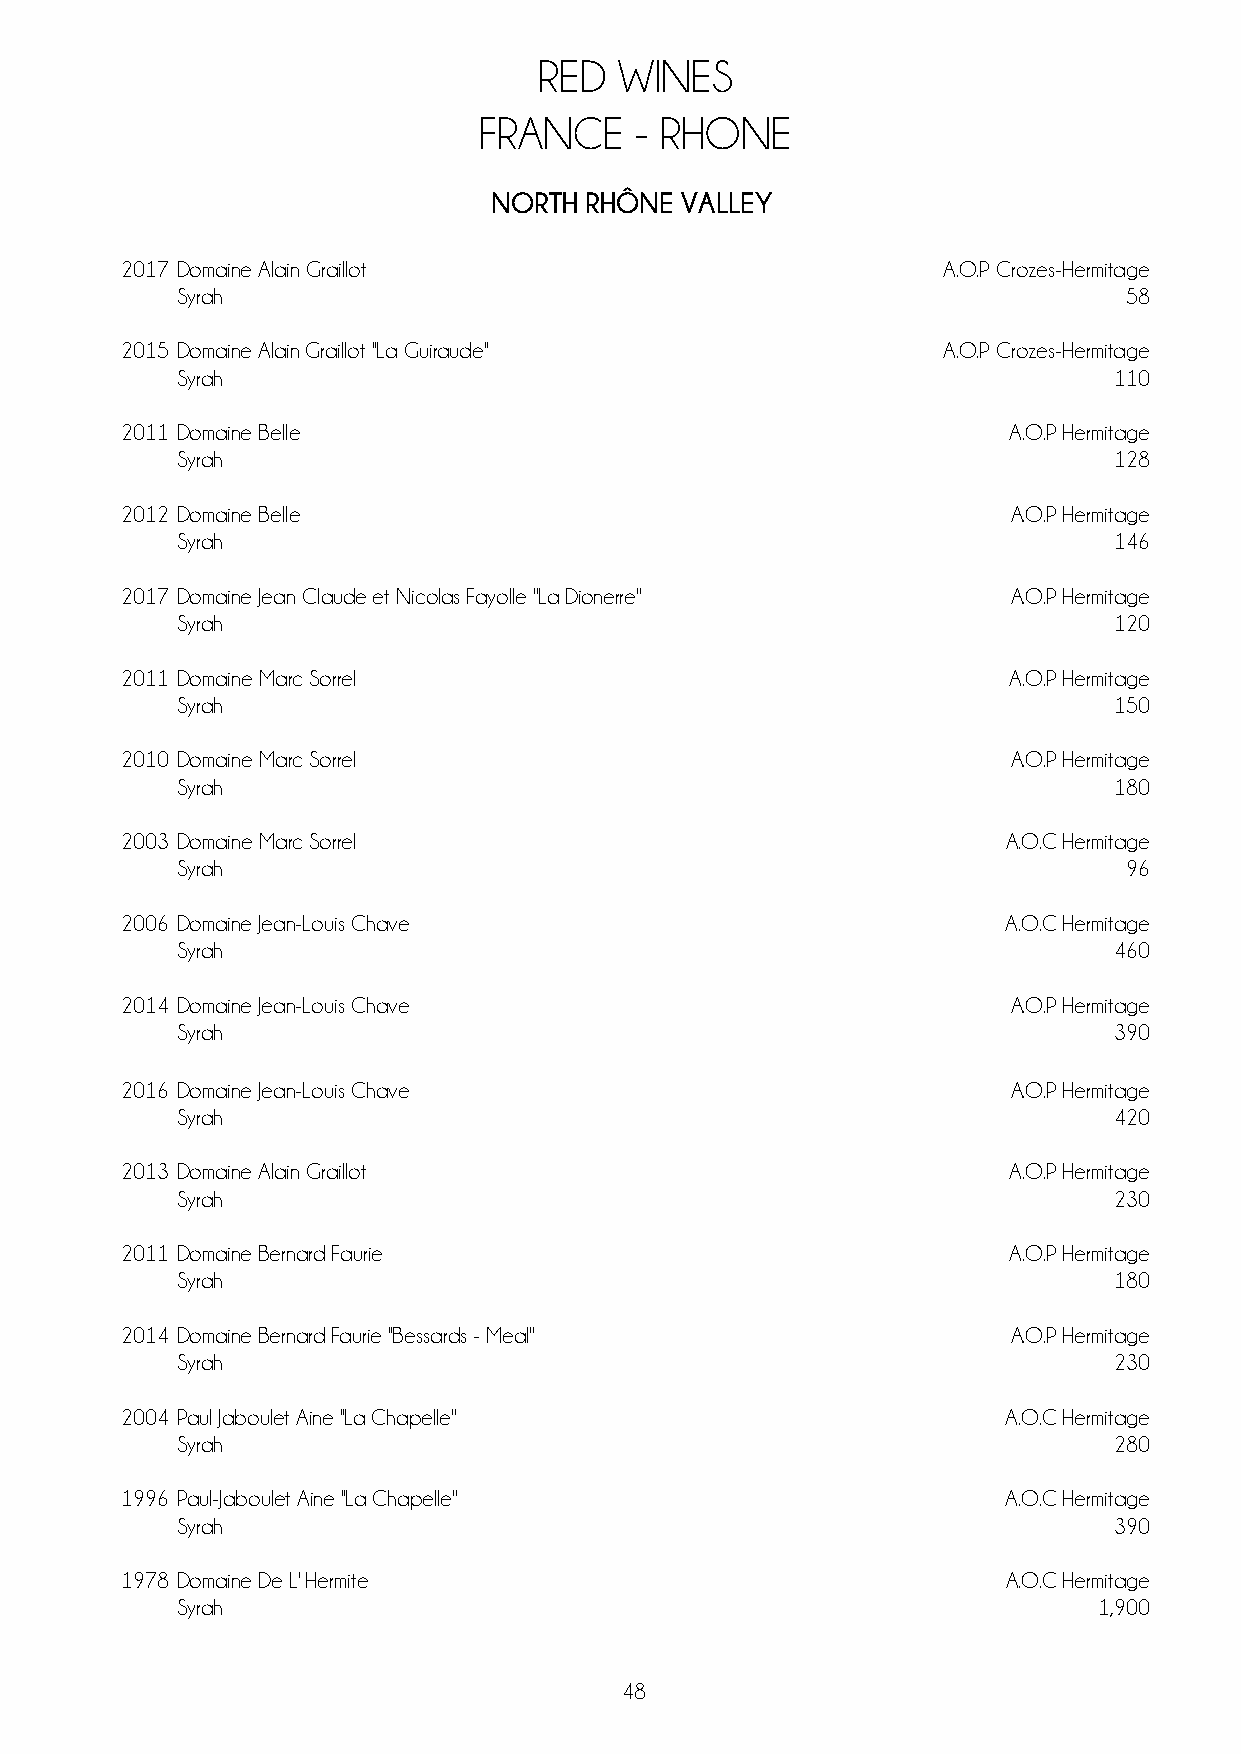
RED  WINES
 FRANCE    - RHONE
 NORTH  RHÔNE VALLEY
 2017 Domaine Alain Graillot                           A.O.P Crozes-Hermitage
 Syrah                                                         58
 2015 Domaine Alain Graillot ''La Guiraude''           A.O.P Crozes-Hermitage
 Syrah                                                         110
 2011 Domaine Belle                                         A.O.P Hermitage
 Syrah                                                         128
 2012 Domaine Belle                                         A.O.P Hermitage
 Syrah                                                         146
 2017 Domaine Jean Claude et Nicolas Fayolle ''La Dionerre'' A.O.P Hermitage
 Syrah                                                         120
 2011 Domaine Marc Sorrel                                   A.O.P Hermitage
 Syrah                                                         150
 2010 Domaine Marc Sorrel                                   A.O.P Hermitage
 Syrah                                                         180
 2003 Domaine Marc Sorrel                                   A.O.C Hermitage
 Syrah                                                         96
 2006 Domaine Jean-Louis Chave                              A.O.C Hermitage
 Syrah                                                         460
 2014 Domaine Jean-Louis Chave                              A.O.P Hermitage
 Syrah                                                         390
 2016 Domaine Jean-Louis Chave                              A.O.P Hermitage
 Syrah                                                         420
 2013 Domaine Alain Graillot                                A.O.P Hermitage
 Syrah                                                         230
 2011 Domaine Bernard Faurie                                A.O.P Hermitage
 Syrah                                                         180
 2014 Domaine Bernard Faurie ''Bessards - Meal''            A.O.P Hermitage
 Syrah                                                         230
 2004 Paul Jaboulet Aine ''La Chapelle''                    A.O.C Hermitage
 Syrah                                                         280
 1996 Paul-Jaboulet Aine ''La Chapelle''                    A.O.C Hermitage
 Syrah                                                         390
 1978 Domaine De L' Hermite                                 A.O.C Hermitage
 Syrah                                                        1,900
 48